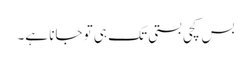
بس کچی بستی تک ہی تو جانا ہے۔